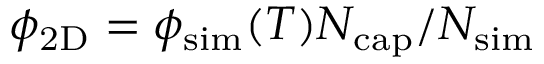
\ensuremath { \phi _ { \mathrm { 2 D } } } = \phi _ { \mathrm { s i m } } ( T ) N _ { \mathrm { c a p } } / N _ { \mathrm { s i m } }